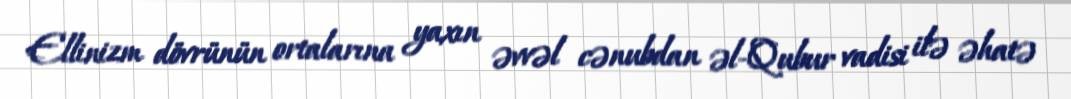
Ellinizm dövrünün ortalarına yaxın əvvəl cənubdan əl-Qubur vadisi ilə əhatə